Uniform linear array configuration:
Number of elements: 12
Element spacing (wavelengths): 0.25
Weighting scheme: binomial
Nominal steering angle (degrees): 60
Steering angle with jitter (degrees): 58.836
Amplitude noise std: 0.05
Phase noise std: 0.05

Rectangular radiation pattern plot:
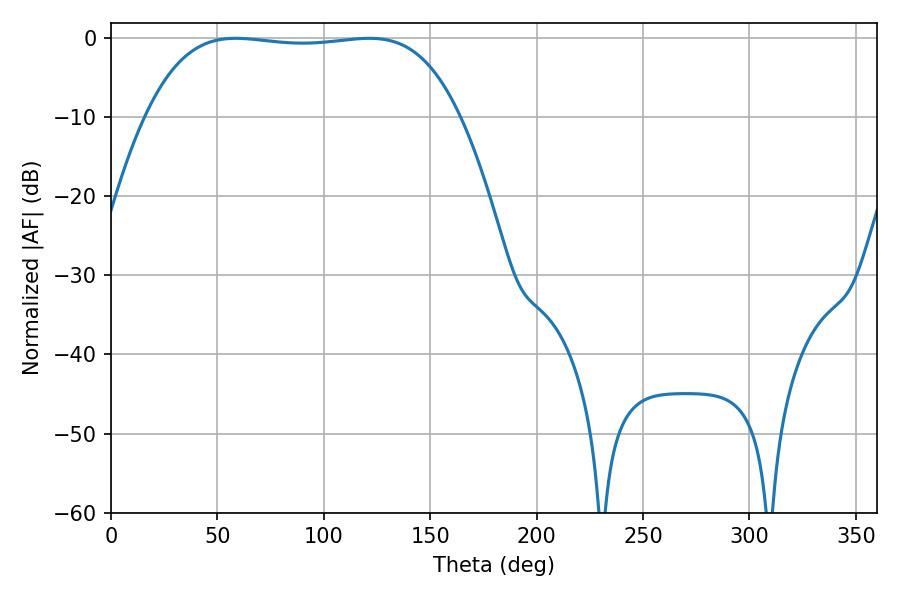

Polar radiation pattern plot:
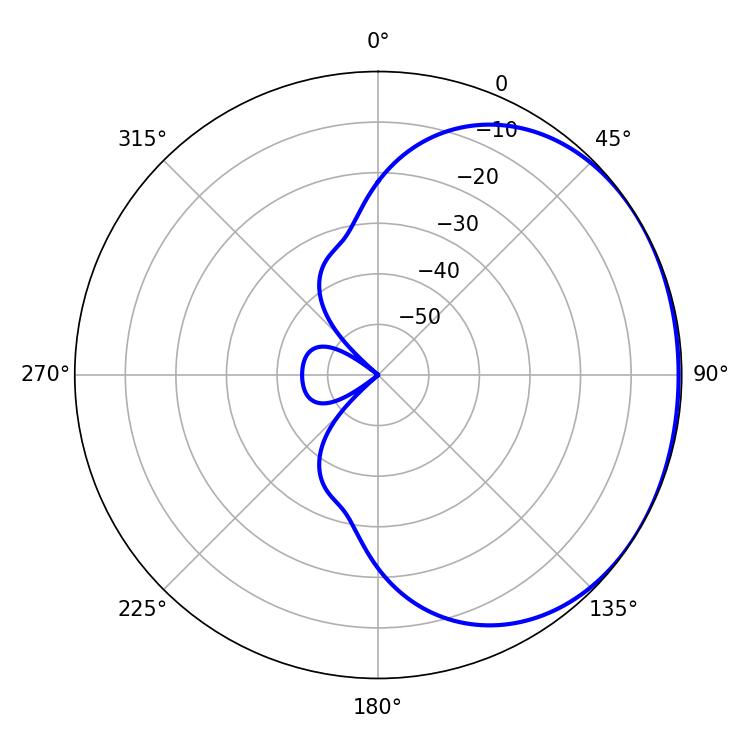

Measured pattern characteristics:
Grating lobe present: FALSE
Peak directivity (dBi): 0.9891
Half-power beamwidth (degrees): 115.56
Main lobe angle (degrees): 58.68